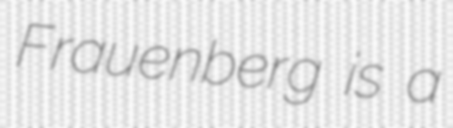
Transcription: Frauenberg is a